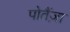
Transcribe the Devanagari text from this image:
पोतैंज़ा